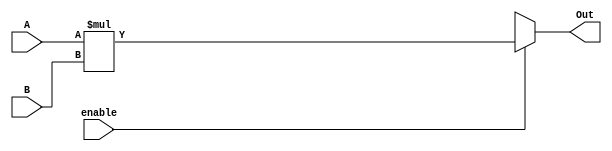
`timescale 1ns / 1ps
//////////////////////////////////////////////////////////////////////////////////
// Company: 
// Engineer: 
// 
// Design Name: 
// Module Name: large_mul
// Project Name: 
// Target Devices: 
// Tool Versions: 
// Description: 
// 
// Dependencies: 
// 
// Revision:
// Revision 0.01 - File Created
// Additional Comments:
// 
//////////////////////////////////////////////////////////////////////////////////


module large_mul(
 output reg [15:0] Out,
 input [7:0] A,B,
 input enable
    );
    always @(enable, A,B)
    begin
   
    Out = 16'bxxxxxxxxxxxxxxxx;
    if(enable)
    Out = A*B;
    end
endmodule